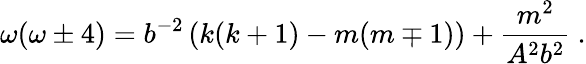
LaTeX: \omega(\omega\pm 4)=b^{-2}\left(k(k+1)-m(m\mp 1)\right)+\frac{m^{2}}{A^{2}b^{2}}\ .